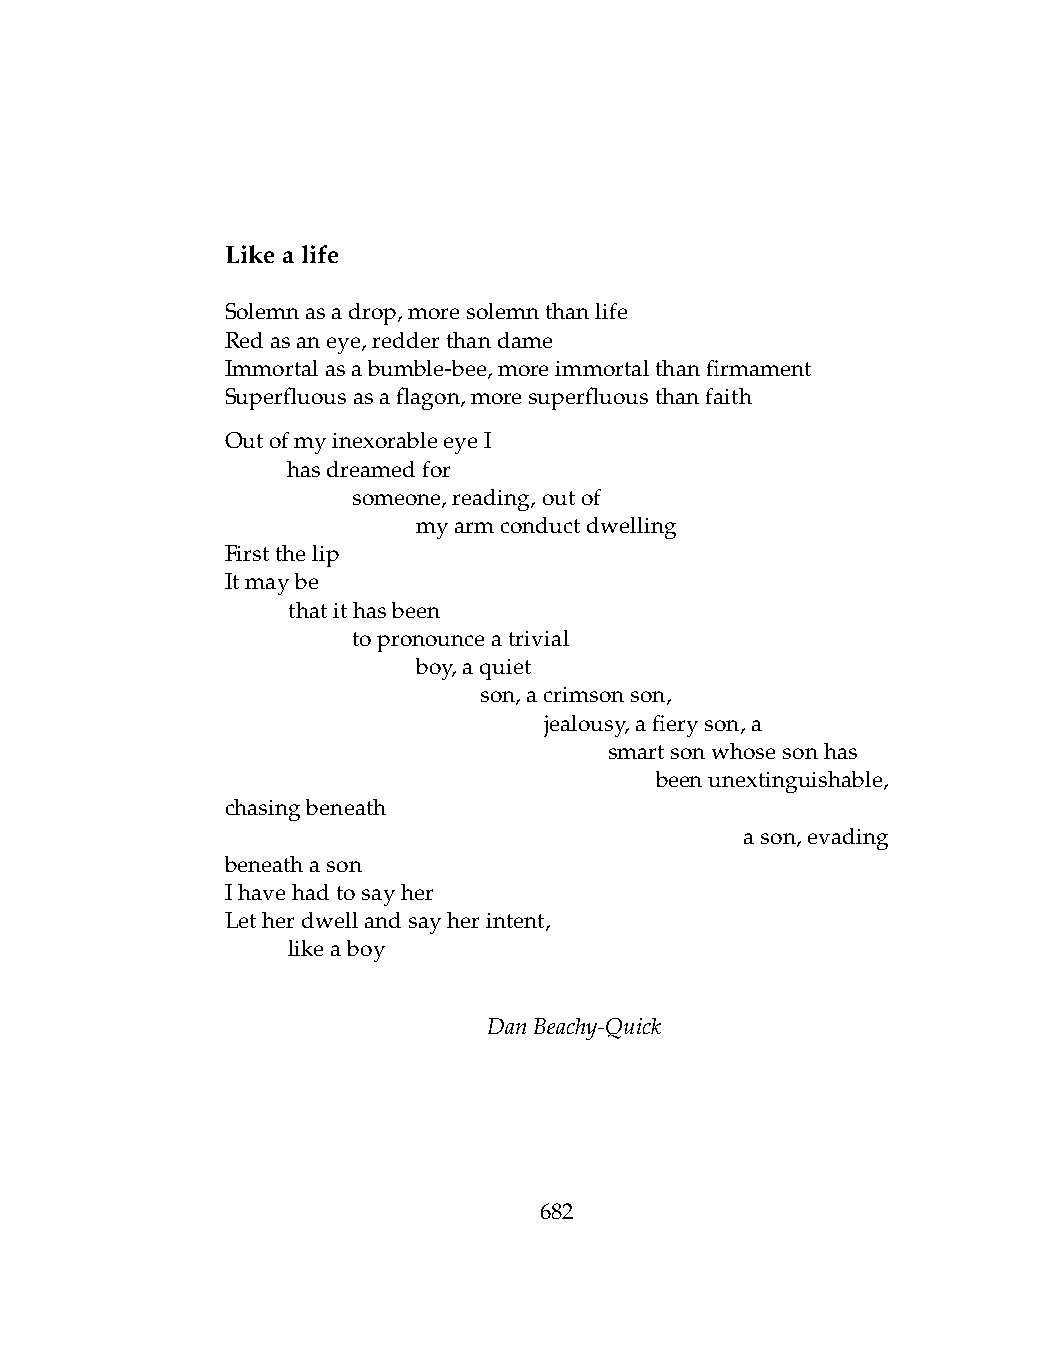
Likealife
 Solemnasadrop,moresolemnthanlife
 Redasaneye,redderthandame
 Immortalasabumble-bee,moreimmortalthanfirmament
 Superfluousasaflagon,moresuperfluousthanfaith
 OutofmyinexorableeyeI
 .   hasdreamedfor
 .   .   someone,reading,outof
 .   .   .    myarmconductdwelling
 Firstthelip
 Itmaybe
 .   thatithasbeen
 .   .   topronounceatrivial
 .   .   .    boy,aquiet
 .   .   .    .   son,acrimsonson,
 .   .   .    .   .   jealousy,afieryson,a
 .   .   .    .   .   .   smartsonwhosesonhas
 .   .   .   .   .   .   .   beenunextinguishable,
 chasingbeneath
 .   .   .    .   .   .    .   .   ason,evading
 beneathason
 Ihavehadtosayher
 Letherdwellandsayherintent,
 .   likeaboy
 DanBeachy-Quick
 682